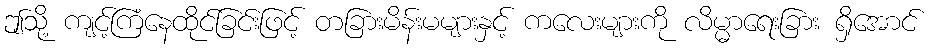
ဤသို့ ကျင့်ကြံနေထိုင်ခြင်းဖြင့် တခြားမိန်းမများနှင့် ကလေးများကို လိမ္မာရေးခြား ရှိအောင်